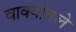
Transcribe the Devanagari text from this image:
वाक्यांतले